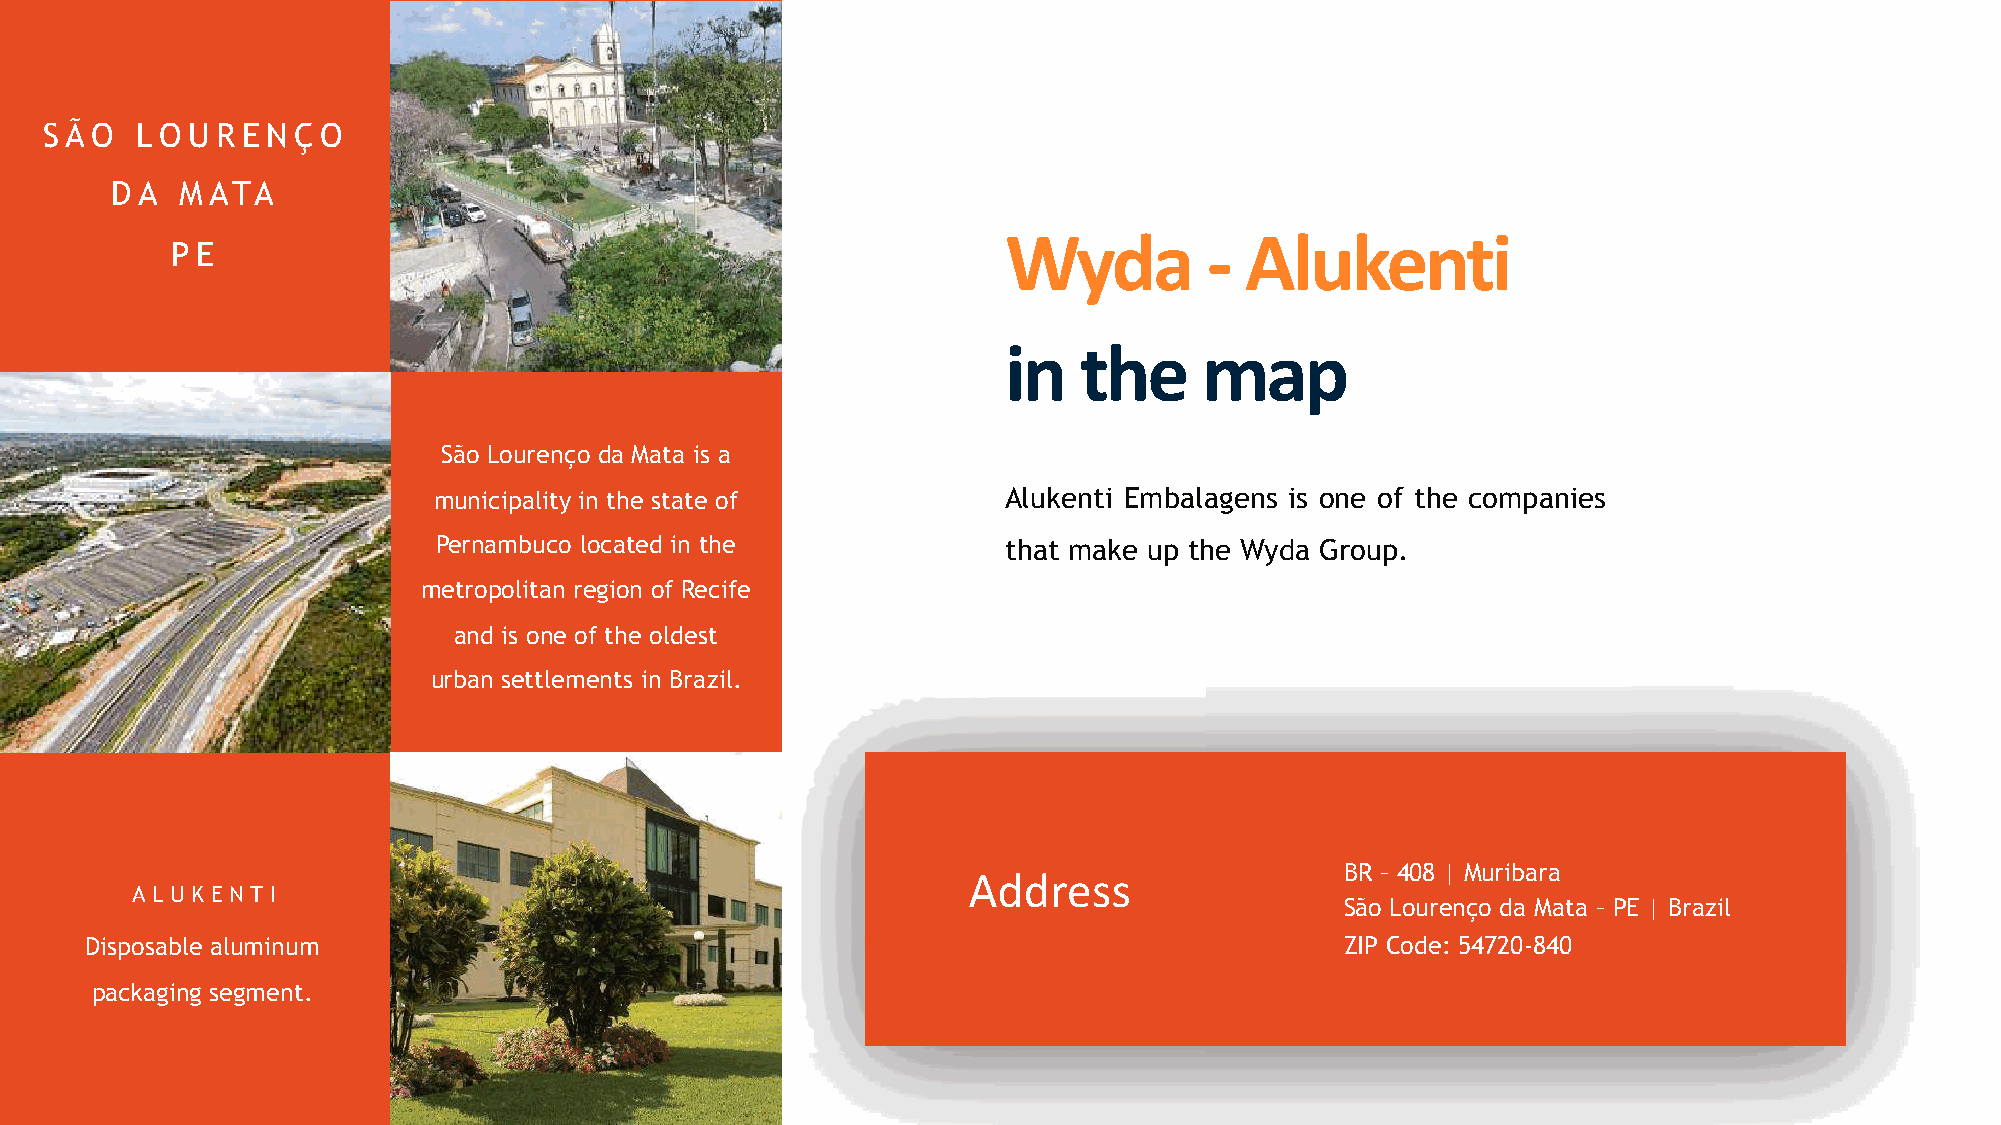
S Ã O L OU R E N Ç O
 D A  M ATA
 PE                                                      !"#$%&         '()*+,-.
 .,%-/+       0$1
 São Lourenço da Mata is a
 municipality in the state of          Alukenti Embalagens is one of the companies
 Pernambuco located in the             that make up the Wyda Group.
 metropolitan region of Recife
 and is one of the oldest
 urban settlements in Brazil.
 BR – 408 | Muribara
 !""#$%%
 A L UK ENTI
 São Lourenço da Mata – PE | Brazil
 Disposable aluminum                                                                ZIP Code: 54720-840
 packaging segment.